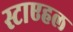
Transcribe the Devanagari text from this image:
स्टाएहल